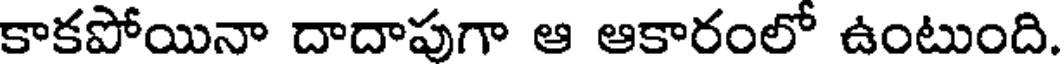
కాకపోయినా దాదాపుగా ఆ ఆకారంలో ఉంటుంది.